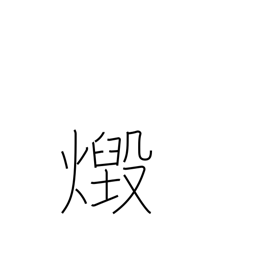
Meaning: blaze